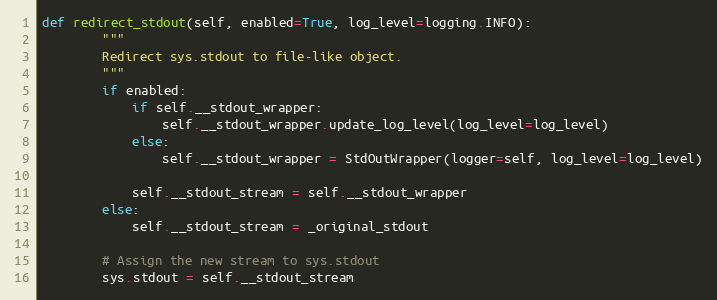
Language: Python
def redirect_stdout(self, enabled=True, log_level=logging.INFO):
        """
        Redirect sys.stdout to file-like object.
        """
        if enabled:
            if self.__stdout_wrapper:
                self.__stdout_wrapper.update_log_level(log_level=log_level)
            else:
                self.__stdout_wrapper = StdOutWrapper(logger=self, log_level=log_level)

            self.__stdout_stream = self.__stdout_wrapper
        else:
            self.__stdout_stream = _original_stdout

        # Assign the new stream to sys.stdout
        sys.stdout = self.__stdout_stream